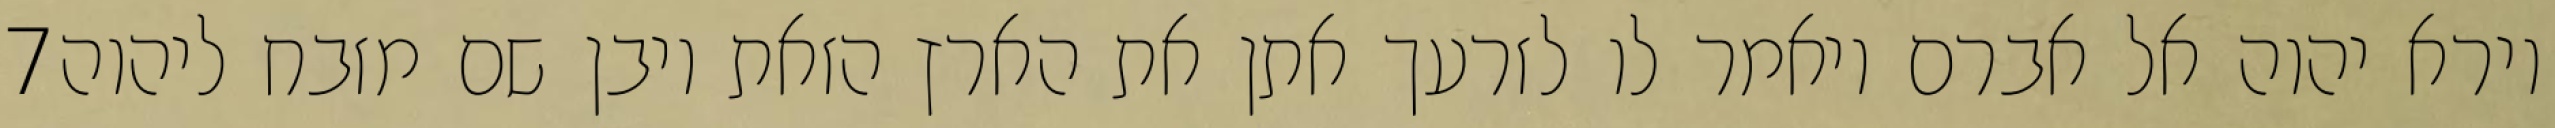
‎7‏ וירא יהוה אל אברם ויאמר לו לזרעך אתן את הארץ הזאת ויבן שם מזבח ליהוה